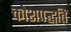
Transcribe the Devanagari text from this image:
कोशपद्धति